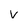
Character: v